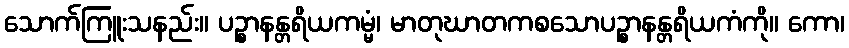
သောက်ကြူးသနည်း။ ပဉ္စာနန္တရိယကမ္မံ၊ မာတုဃာတကစသောပဉ္စာနန္တရိယကံကို။ ကော၊